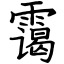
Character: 霭